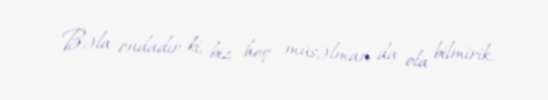
Bəla ondadır ki, biz heç müsəlman da ola bilmirik.